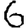
Digit: 6